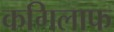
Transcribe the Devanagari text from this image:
कगिलाफ